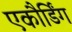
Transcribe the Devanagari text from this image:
एकौर्डिंग